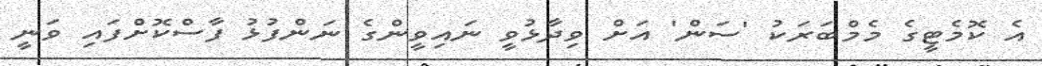
އެ ކޮމެޓީގެ މެމްބަރަކު 'ސަން' އަށް ވިދާޅުވީ ނައިވީންގެ ނަންފުޅު ފާސްކޮށްފައި ވަނީ